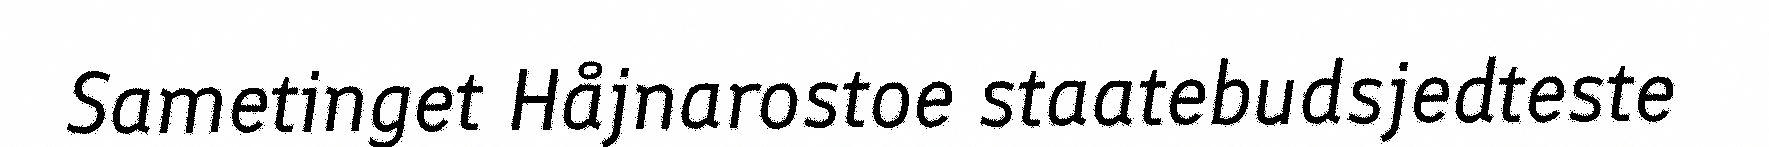
Sametinget Håjnarostoe staatebudsjedteste